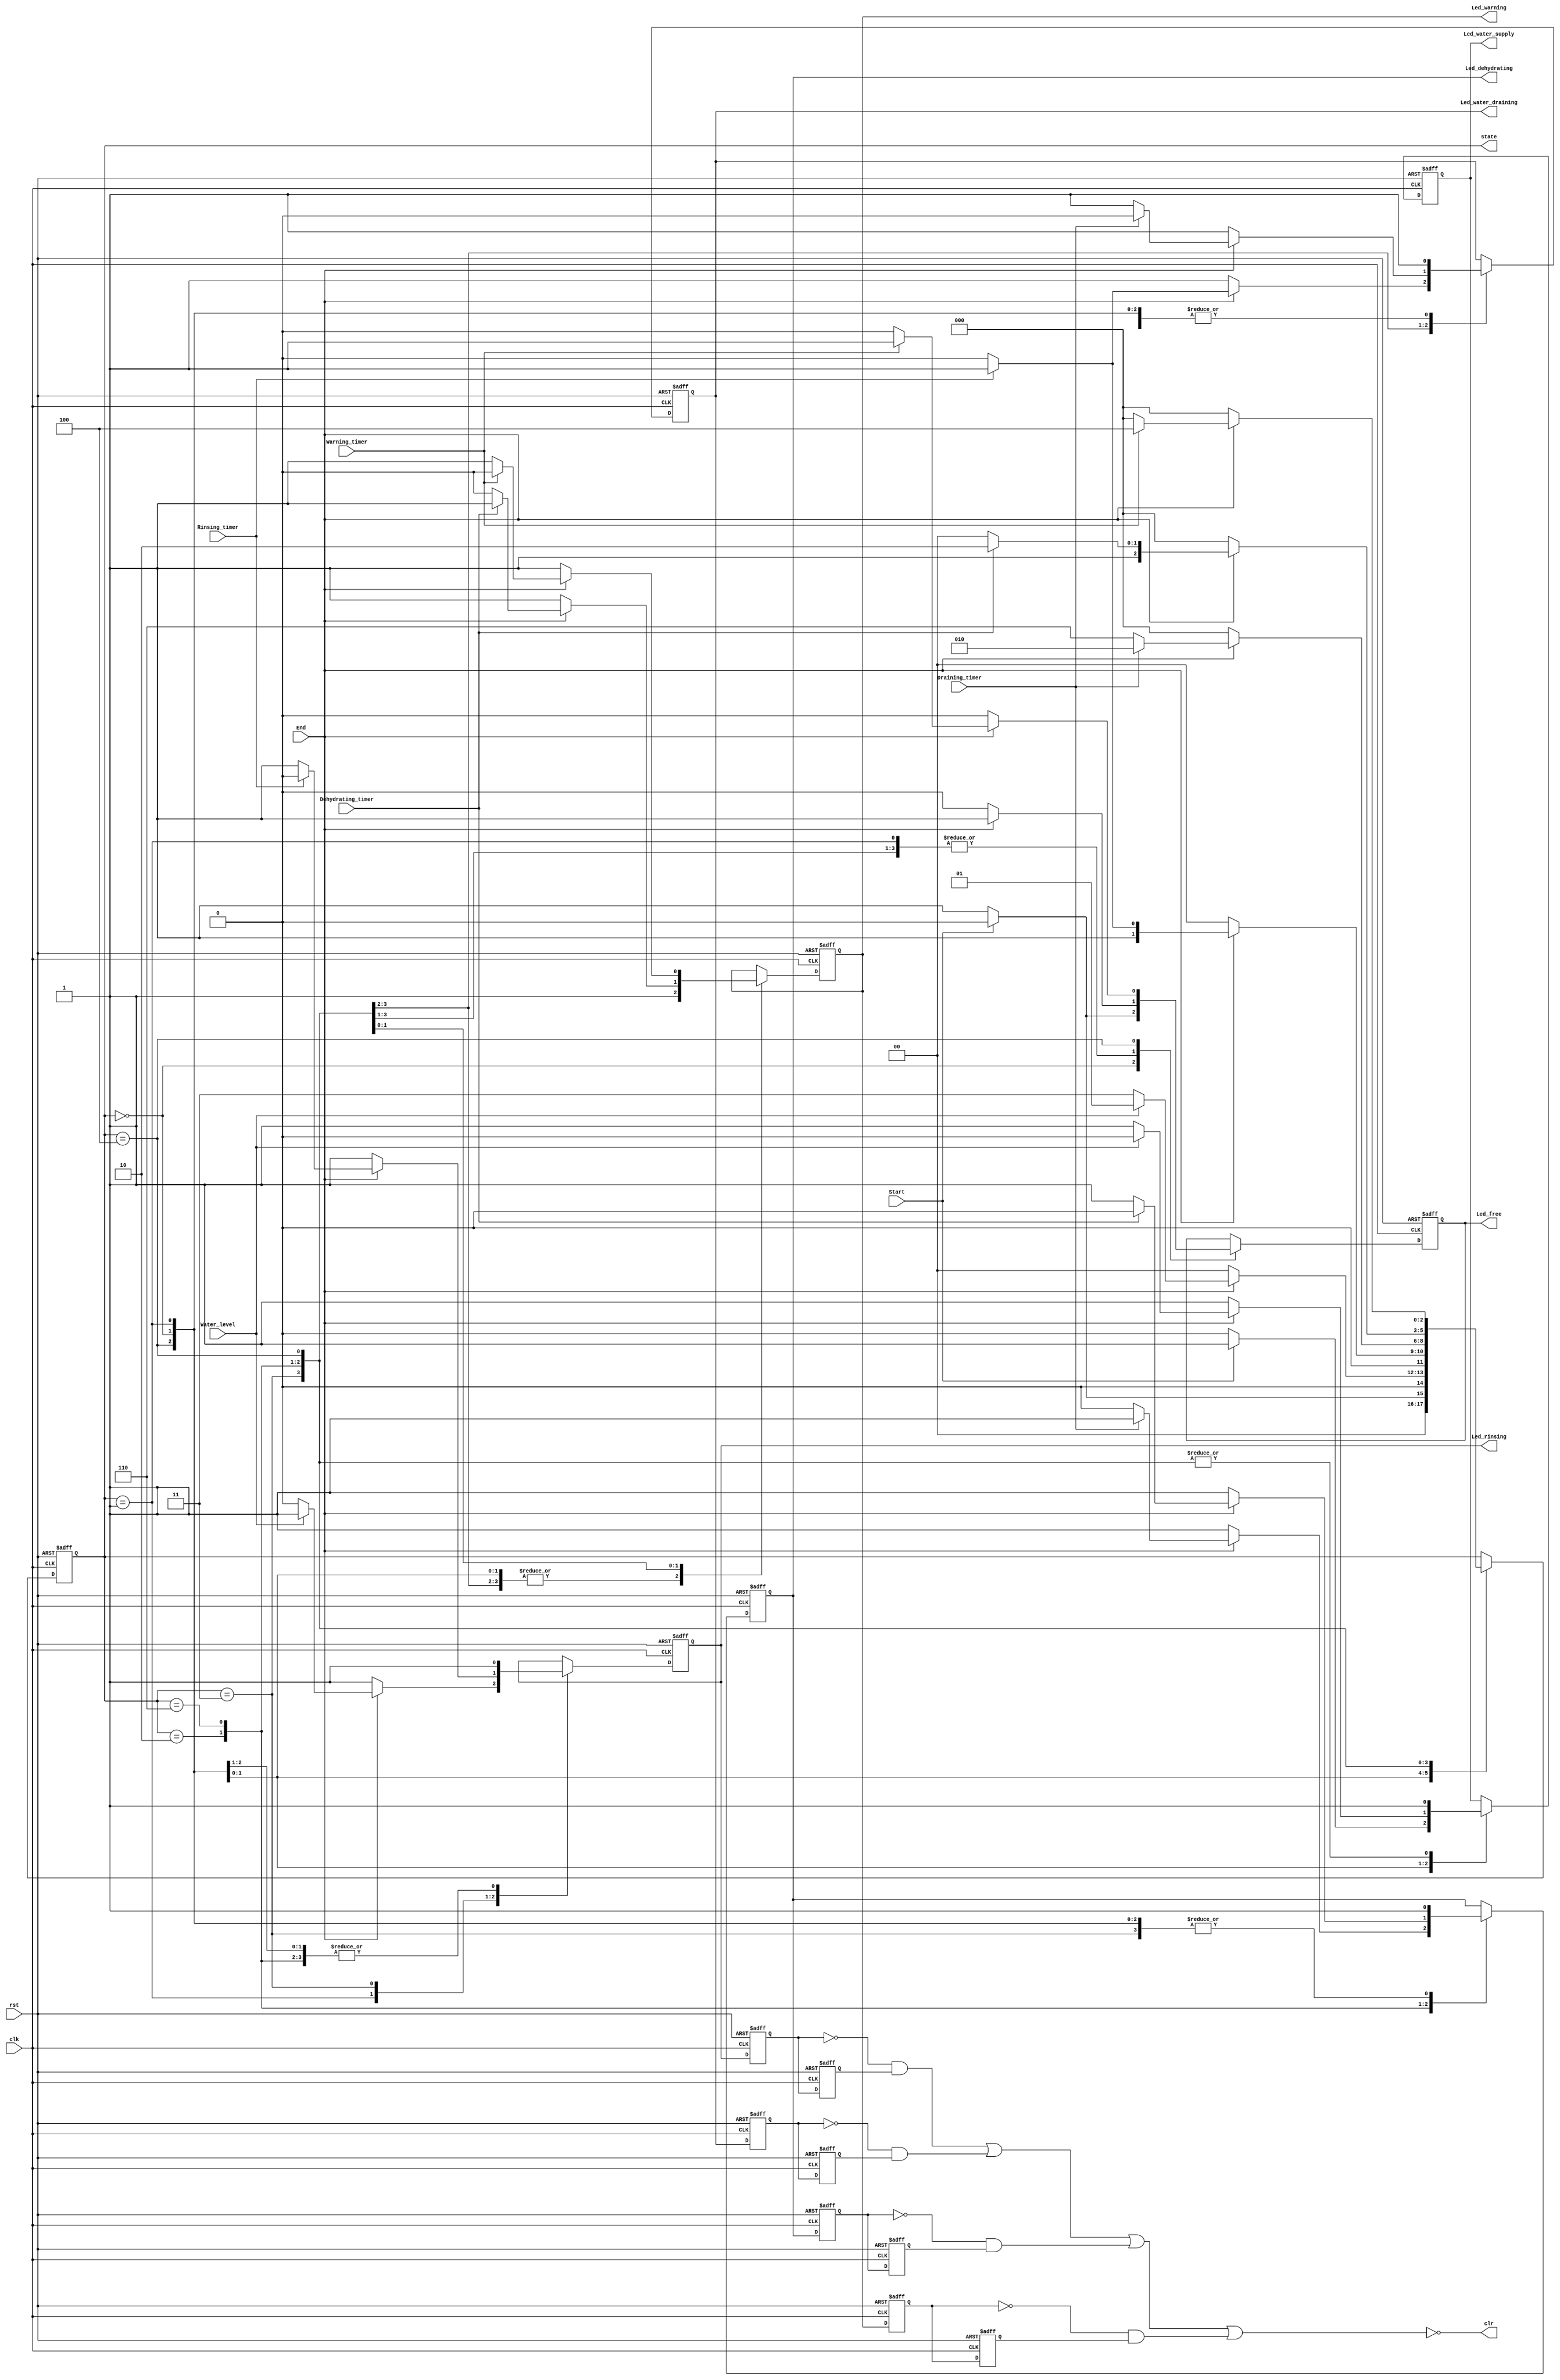


//

module Washing_Machine_States(clk, rst, clr, Start, End, Water_level, state,
							  Led_free, Led_water_supply, Led_rinsing, Led_water_draining, Led_dehydrating, Led_warning,
							  Rinsing_timer, Draining_timer, Dehydrating_timer, Warning_timer);
	input clk, rst, Start, End, Water_level, Rinsing_timer, Draining_timer, Dehydrating_timer, Warning_timer;
	output reg Led_free, Led_water_supply, Led_rinsing, Led_water_draining, Led_dehydrating, Led_warning;

	output reg [2:0] state;
	localparam Free = 3'b000;
	localparam Water_supply = 3'b001;
	localparam Rinsing = 3'b011;
	localparam Water_draining = 3'b010;
	localparam Dehydrating = 3'b110;
	localparam Warning = 3'b100;
	
	reg q1, q2, q3, q4, q5, q6, q7, q8;	
	assign temp_1 = ~q1 & q2;
	assign temp_2 = ~q3 & q4;
	assign temp_3 = ~q5 & q6;
	assign temp_4 = ~q7 & q8;
	assign clr = ~(temp_1 | temp_2 | temp_3 | temp_4);
	output clr;
	
	always @(posedge clk or negedge rst)
		begin
			if (!rst)
				begin
					state <= Free;
					Led_free <= 0; Led_water_supply <= 1; Led_rinsing <= 1; Led_water_draining <= 1; Led_dehydrating <= 1; Led_warning <= 1;
				end	
			else
				begin
					case(state)
						Free:
							begin
								if (Start == 1) 
									begin
										state <= Free;
										Led_free <= 0; Led_water_supply <= 1; Led_rinsing <= 1; Led_water_draining <= 1; Led_dehydrating <= 1; Led_warning <= 1;
									end
								else
									begin
										state <= Water_supply;
										Led_free <= 1; Led_water_supply <= 0; Led_rinsing <= 1; Led_water_draining <= 1; Led_dehydrating <= 1; Led_warning <= 1;
									end
							end	
						Water_supply:
							begin
								if (End == 0)
									begin
										state <= Free;
										Led_free <= 0; Led_water_supply <= 1; Led_rinsing <= 1; Led_water_draining <= 1; Led_dehydrating <= 1; Led_warning <= 1;
									end
								else if (Water_level == 1)
									begin
										state <= Water_supply;
										Led_free <= 1; Led_water_supply <= 0; Led_rinsing <= 1; Led_water_draining <= 1; Led_dehydrating <= 1; Led_warning <= 1;
									end
								else
									begin
										state <= Rinsing;
										Led_free <= 1; Led_water_supply <= 1; Led_rinsing <= 0; Led_water_draining <= 1; Led_dehydrating <= 1; Led_warning <= 1;
									end
							end
						Rinsing:
							begin
								if (End == 0)
									begin
										state <= Free;
										Led_free <= 0; Led_water_supply <= 1; Led_rinsing <= 1; Led_water_draining <= 1; Led_dehydrating <= 1; Led_warning <= 1;
									end
								else if (Rinsing_timer == 1)
									begin
										state <= Rinsing;
										Led_free <= 1; Led_water_supply <= 1; Led_rinsing <= 0; Led_water_draining <= 1; Led_dehydrating <= 1; Led_warning <= 1;
									end
								else
									begin
										state <= Water_draining;
										Led_free <= 1; Led_water_supply <= 1; Led_rinsing <= 1; Led_water_draining <= 0; Led_dehydrating <= 1; Led_warning <= 1;
									end
							end	
						Water_draining:
							begin
								if (End == 0)
									begin
										state <= Free;
										Led_free <= 0; Led_water_supply <= 1; Led_rinsing <= 1; Led_water_draining <= 1; Led_dehydrating <= 1; Led_warning <= 1;
									end
								else if (Draining_timer == 1)
									begin
										state <= Water_draining;
										Led_free <= 1; Led_water_supply <= 1; Led_rinsing <= 1; Led_water_draining <= 0; Led_dehydrating <= 1; Led_warning <= 1;
									end
								else
									begin
										state <= Dehydrating;
										Led_free <= 1; Led_water_supply <= 1; Led_rinsing <= 1; Led_water_draining <= 1; Led_dehydrating <= 0; Led_warning <= 1;
									end
							end
						Dehydrating:
							begin
								if (End == 0)
									begin
										state <= Free;
										Led_free <= 0; Led_water_supply <= 1; Led_rinsing <= 1; Led_water_draining <= 1; Led_dehydrating <= 1; Led_warning <= 1;
									end
								else if (Dehydrating_timer == 1)
									begin
										state <= Dehydrating;
										Led_free <= 1; Led_water_supply <= 1; Led_rinsing <= 1; Led_water_draining <= 1; Led_dehydrating <= 0; Led_warning <= 1;
									end
								else
									begin
										state <= Warning;
										Led_free <= 1; Led_water_supply <= 1; Led_rinsing <= 1; Led_water_draining <= 1; Led_dehydrating <= 1; Led_warning <= 0;
									end
							end
						Warning:
							begin
								if (End == 0)
									begin
										state <= Free;
										Led_free <= 0; Led_water_supply <= 1; Led_rinsing <= 1; Led_water_draining <= 1; Led_dehydrating <= 1; Led_warning <= 1;
									end
								else if (Warning_timer == 1)
									begin
										state <= Warning;
										Led_free <= 1; Led_water_supply <= 1; Led_rinsing <= 1; Led_water_draining <= 1; Led_dehydrating <= 1; Led_warning <= 0;
									end
								else
									begin
										state <= Free;
										Led_free <= 0; Led_water_supply <= 1; Led_rinsing <= 1; Led_water_draining <= 1; Led_dehydrating <= 1; Led_warning <= 1;
									end
							end
					endcase
				end
		end
		
		
	always @(posedge clk or negedge rst)
		begin
			if(!rst)
				begin
					q1 <= 0;
					q2 <= 0;
				end
			else
				begin
					q1 <= Led_rinsing;
					q2 <= q1;
			end
		end
	
	always @(posedge clk or negedge rst)
		begin
			if(!rst)
				begin
					q3 <= 0;
					q4 <= 0;
				end
			else
				begin
					q3 <= Led_water_draining;
					q4 <= q3;
			end
		end
	
	always @(posedge clk or negedge rst)
		begin
			if(!rst)
				begin
					q5 <= 0;
					q6 <= 0;
				end
			else
				begin
					q5 <= Led_dehydrating;
					q6 <= q5;
			end
		end
	
	always @(posedge clk or negedge rst)
		begin
			if(!rst)
				begin
					q7 <= 0;
					q8 <= 0;
				end
			else
				begin
					q7 <= Led_warning;
					q8 <= q7;
			end
		end
	
	
endmodule